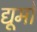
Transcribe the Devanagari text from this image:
द्यूमों